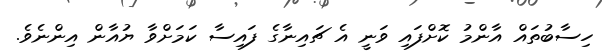
ހިސާބުތައް އާންމު ކޮށްފައި ވަނީ އެ ޗައިނާގެ ފައިސާ ކަމަށްވާ ޔުއާން އިންނެވެ.